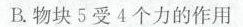
B. 物块 5 受 4 个力的作用